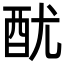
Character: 𨠄